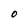
Character: 0